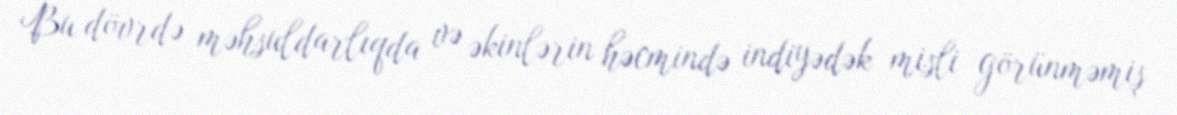
Bu dövrdə məhsuldarlıqda və əkinlərin həcmində indiyədək misli görünməmiş